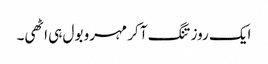
ایک روز تنگ آ کر مہرو بول ہی اٹھی۔